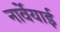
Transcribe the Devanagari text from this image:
नार्वेयाई